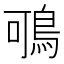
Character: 𪀉